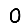
Digit: 0